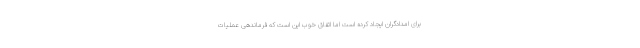
برای امدادگران ایجاد کرده است اما اتفاق خوب این است که فرماندهی عملیات